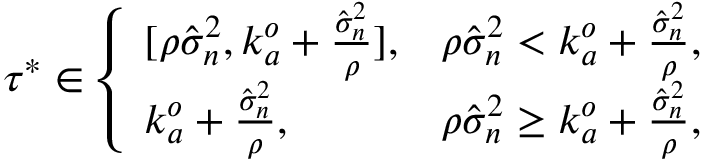
\begin{array} { r } { \tau ^ { * } \in \left\{ \begin{array} { l l } { [ \rho \hat { \sigma } _ { n } ^ { 2 } , k _ { a } ^ { o } + \frac { \hat { \sigma } _ { n } ^ { 2 } } { \rho } ] , } & { \rho \hat { \sigma } _ { n } ^ { 2 } < k _ { a } ^ { o } + \frac { \hat { \sigma } _ { n } ^ { 2 } } { \rho } , } \\ { k _ { a } ^ { o } + \frac { \hat { \sigma } _ { n } ^ { 2 } } { \rho } , } & { \rho \hat { \sigma } _ { n } ^ { 2 } \geq k _ { a } ^ { o } + \frac { \hat { \sigma } _ { n } ^ { 2 } } { \rho } , } \end{array} \right. } \end{array}